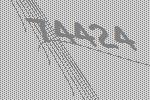
74424